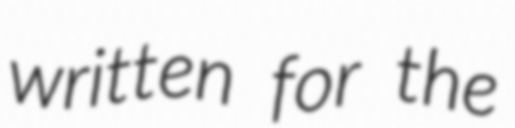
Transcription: written for the